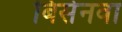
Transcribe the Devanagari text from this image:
बिसेनवा